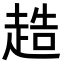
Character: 𧻰